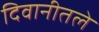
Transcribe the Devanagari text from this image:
दिवानीतले